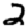
Digit: 2